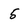
Character: 5